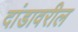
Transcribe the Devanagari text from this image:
दांडावरील